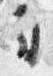
司